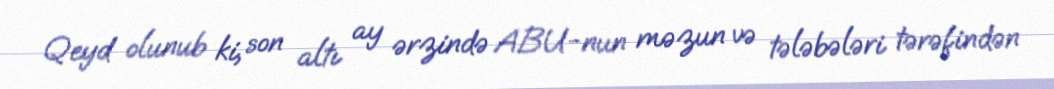
Qeyd olunub ki, son altı ay ərzində ABU-nun məzun və tələbələri tərəfindən